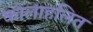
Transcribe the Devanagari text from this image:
कोलाहलित